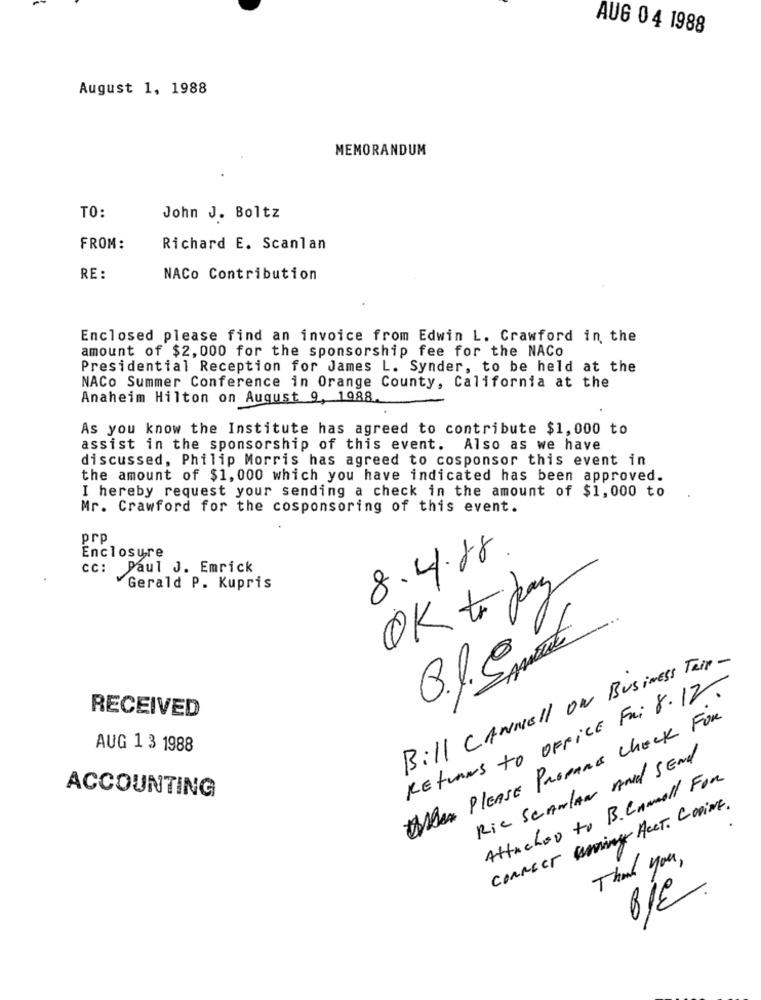
AUG 0 4 1988
August 1, 1988
MEMORANDUM
TO:
John J. Boltz
FROM:
Richard E. Scanlan
RE :
NACo Contribution
Enclosed please find an invoice from Edwin L. Crawford in the
amount of $2, 000 for the sponsorship fee for the NACo
Presidential Reception for James L. Synder, to be held at the
NACo Summer Conference in Orange County, California at the
Anaheim Hilton on August 9, 1988.
As you know the Institute has agreed to contribute $1,000 to
assist in the sponsorship of this event. Also as we have
discussed, Philip Morris has agreed to cosponsor this event in
the amount of $1, 000 which you have indicated has been approved.
I hereby request your sending a check in the amount of $1,000 to
Mr. Crawford for the cosponsoring of this event.
prp
Enclosure
8.4.18.
cc: Paul J. Emrick
Gerald P. Kupris
OK to pay
Bill CANNell ON Business Tail-
Returns to OFFICE Fa: 8.12.
RECEIVED
When PLEASE Propane Check For
AUG 1 3 1988
Rie Schulen And Send
Attached to B. Cnmall For
ACCOUNTING
connect woning ACCT. CODiNE.
Thank you ,